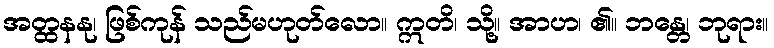
အတ္ထနနု၊ ဖြစ်ကုန် သည်မဟုတ်လော။ ဣတိ၊ သို့။ အာဟ၊ ၏။ ဘန္တေ၊ ဘုရား။